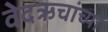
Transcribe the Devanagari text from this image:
वेदऋचांच्या